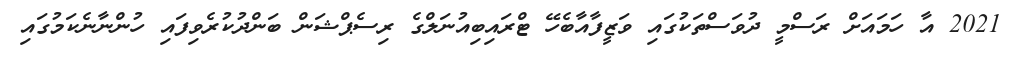
2021 އާ ހަމައަށް ރަސްމީ ދުވަސްތަކުގައި ވަޒީފާއާބެހޭ ޓްރައިބިއުނަލްގެ ރިސެޕްޝަން ބަންދުކުރެވިފައި ހުންނާނެކަމުގައި